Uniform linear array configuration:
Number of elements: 48
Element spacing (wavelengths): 0.25
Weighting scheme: blackman
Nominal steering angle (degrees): -30
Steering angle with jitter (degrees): -29.171
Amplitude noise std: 0.05
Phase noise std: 0.05

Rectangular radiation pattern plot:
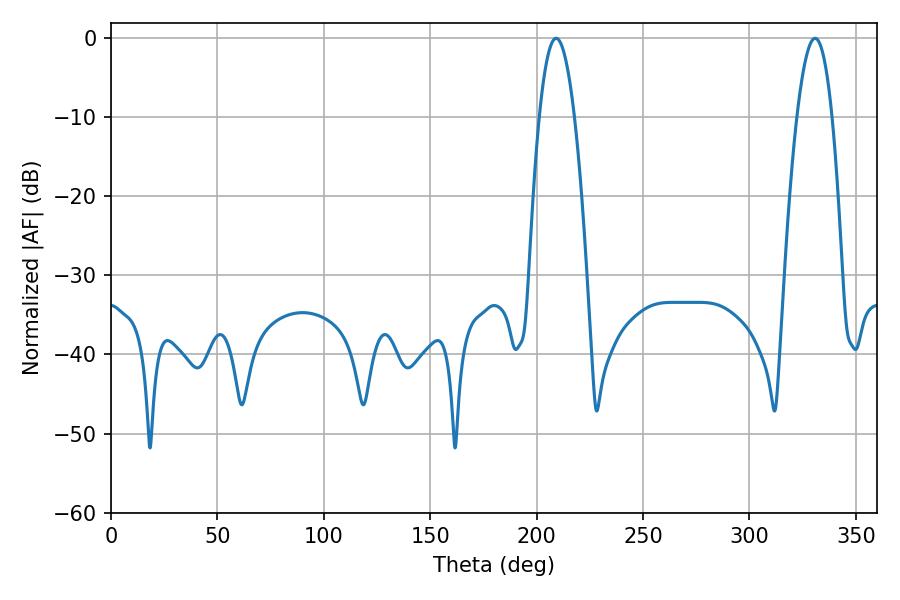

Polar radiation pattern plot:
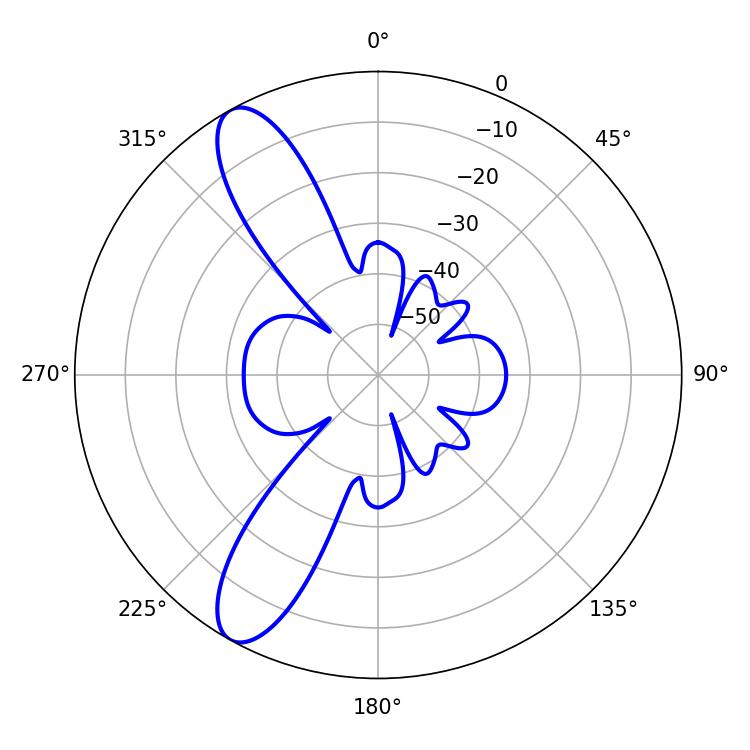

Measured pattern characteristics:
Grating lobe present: FALSE
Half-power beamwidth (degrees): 9.18
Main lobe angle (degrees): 209.16